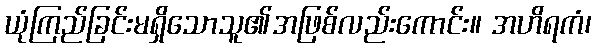
ယုံကြည်ခြင်းမရှိသောသူ၏အဖြစ်လည်းကောင်း။ အဟိရကံ၊